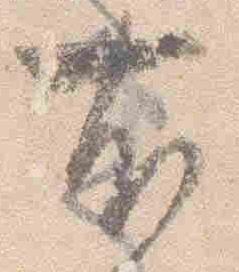
右